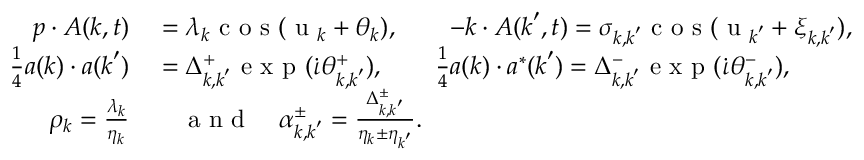
\begin{array} { r l } { \boldsymbol { p } \cdot \boldsymbol { A } ( \boldsymbol { k } , t ) } & { { } = \lambda _ { \boldsymbol { k } } \mathrm { ~ c ~ o ~ s ~ } ( \mathrm { ~ u ~ } _ { \boldsymbol { k } } + \theta _ { \boldsymbol { k } } ) , \qquad - \boldsymbol { k } \cdot A ( \boldsymbol { k } ^ { \prime } , t ) = \sigma _ { \boldsymbol { k } , \boldsymbol { k } ^ { \prime } } \mathrm { ~ c ~ o ~ s ~ } ( \mathrm { ~ u ~ } _ { \boldsymbol { k } ^ { \prime } } + \xi _ { \boldsymbol { k } , \boldsymbol { k } ^ { \prime } } ) , } \\ { \frac { 1 } { 4 } \boldsymbol { a } ( \boldsymbol { k } ) \cdot \boldsymbol { a } ( \boldsymbol { k } ^ { \prime } ) } & { { } = \Delta _ { \boldsymbol { k } , \boldsymbol { k } ^ { \prime } } ^ { + } \mathrm { ~ e ~ x ~ p ~ } ( \dot { \iota } \theta _ { \boldsymbol { k } , \boldsymbol { k } ^ { \prime } } ^ { + } ) , \qquad \frac { 1 } { 4 } \boldsymbol { a } ( \boldsymbol { k } ) \cdot \boldsymbol { a } ^ { * } ( \boldsymbol { k } ^ { \prime } ) = \Delta _ { \boldsymbol { k } , \boldsymbol { k } ^ { \prime } } ^ { - } \mathrm { ~ e ~ x ~ p ~ } ( \dot { \iota } \theta _ { \boldsymbol { k } , \boldsymbol { k } ^ { \prime } } ^ { - } ) , } \\ { \rho _ { \boldsymbol { k } } = \frac { \lambda _ { \boldsymbol { k } } } { \eta _ { \boldsymbol { k } } } } & { { } \quad \mathrm { ~ a ~ n ~ d ~ } \quad \alpha _ { \boldsymbol { k } , \boldsymbol { k } ^ { \prime } } ^ { \pm } = \frac { \Delta _ { \boldsymbol { k } , \boldsymbol { k } ^ { \prime } } ^ { \pm } } { \eta _ { \boldsymbol { k } } \pm \eta _ { \boldsymbol { k } ^ { \prime } } } . } \end{array}